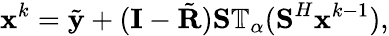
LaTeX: \textbf{x}^{k}=\tilde{\textbf{y}}+(\textbf{I}-\tilde{\textbf{R}})\textbf{S}\mathbb{T}_{\alpha}(\textbf{S}^{H}\textbf{x}^{k-1}),